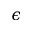
\epsilon